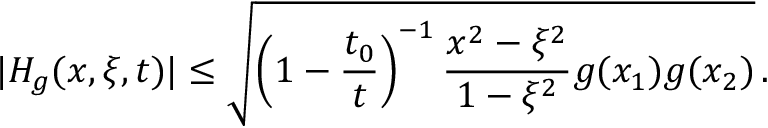
| H _ { g } ( x , \xi , t ) | \leq \sqrt { \left( 1 - \frac { t _ { 0 } } { t } \right) ^ { - 1 } \frac { x ^ { 2 } - \xi ^ { 2 } } { 1 - \xi ^ { 2 } } g ( x _ { 1 } ) g ( x _ { 2 } ) } \, .